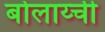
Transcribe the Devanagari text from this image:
बोलाय्ची